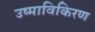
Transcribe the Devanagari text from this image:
उष्माविकिरण